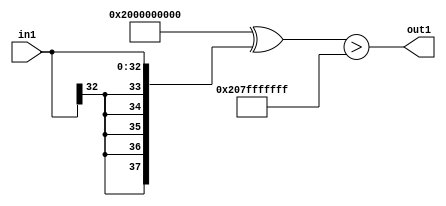
`timescale 1ps / 1ps
/*****************************************************************************
    Verilog RTL Description
    
    
    Created by: CellMath Designer 2019.1.01 
*******************************************************************************/

module avg_pool_GtiLLs33_4_0 (
	in1,
	out1
	); /* architecture "behavioural" */ 
input [32:0] in1;
output  out1;
wire  asc001;

assign asc001 = ((38'B10000000000000000000000000000000000000 ^ {{5{in1[32]}}, in1})>(38'B10000000000000000000000000000000000000
    ^ 38'B00000001111111111111111111111111111111));

assign out1 = asc001;
endmodule

/* CADENCE  uLL2Qgs= : u9/ySgnWtBlWxVPRXgAZ4Og= ** DO NOT EDIT THIS LINE ******/